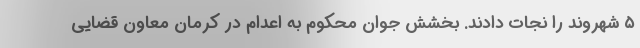
۵ شهروند را نجات دادند. بخشش جوان محکوم به اعدام در کرمان معاون قضایی